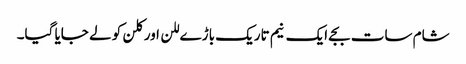
شام سات بجے ایک نیم تاریک باڑے للن اور کلن کو لے جایا گیا۔